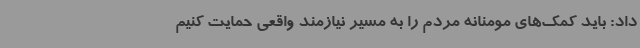
داد: باید کمک‌های مومنانه مردم را به مسیر نیازمند واقعی حمایت کنیم